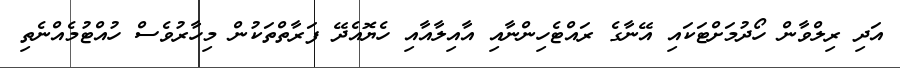
އަދި ރިލްވާން ހޯދުމަށްޓަކައި އޭނާގެ ރައްޓެހިންނާއި އާއިލާއާއި ހެޔޮއެދޭ ފަރާތްތަކުން މިހާރުވެސް ހުއްޓުމެއްނެތި